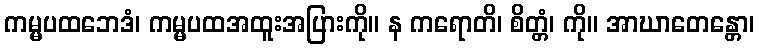
ကမ္မပထဘေဒံ၊ ကမ္မပထအထူးအပြားကို။ န ကရောတိ၊ စိတ္တံ၊ ကို။ အာဃာတေန္တော၊